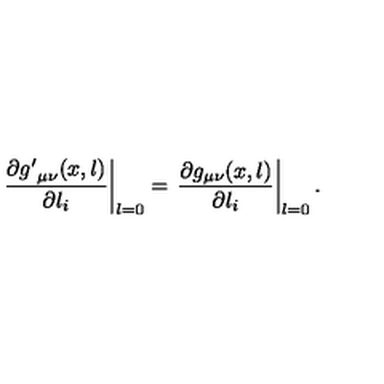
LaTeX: \left. \frac { \partial { g ^ { \prime } } _ { \mu \nu } ( x , l ) } { \partial l _ { i } } \right| _ { l = 0 } = \left. \frac { \partial g _ { \mu \nu } ( x , l ) } { \partial l _ { i } } \right| _ { l = 0 } .